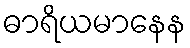
ဓာရိယမာနေန